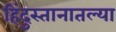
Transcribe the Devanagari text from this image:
हिंदुस्तानातल्या